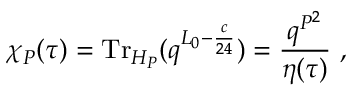
\chi _ { P } ( \tau ) = { \mathrm { T r } } _ { { \cal H } _ { P } } ( q ^ { L _ { 0 } - \frac { c } { 2 4 } } ) = \frac { q ^ { P ^ { 2 } } } { \eta ( \tau ) } ~ ,